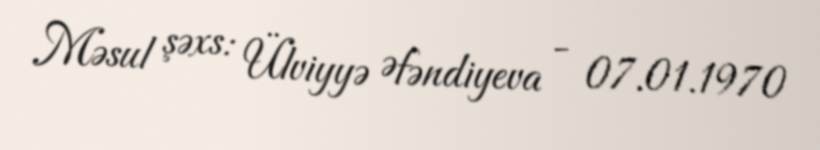
Məsul şəxs: Ülviyyə Əfəndiyeva - 07.01.1970